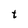
Character: t